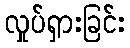
လှုပ်ရှားခြင်း